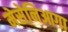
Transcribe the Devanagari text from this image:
मेसेनिआगा